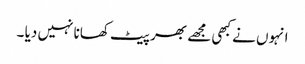
انہوں نے کبھی مجھے بھر پیٹ کھانا نہیں دیا ۔